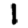
Digit: 1